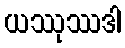
ယဿုဿဒါ